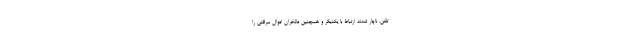
تلفن، ناچار شدند ارتباط با یکدیگر و همچنین مالخران اموال سرقتی را